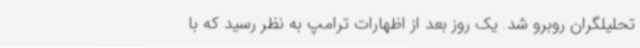
تحلیلگران روبرو شد. یک روز بعد از اظهارات ترامپ به نظر رسید که با